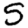
Digit: 5